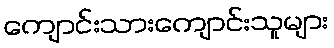
ကျောင်းသားကျောင်းသူများ